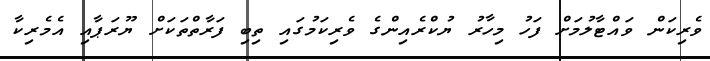
ވެރިކަން ވައްޓާލުމަށް ފަހު މިހާރު ޔުކްރެއިންގެ ވެރިކަމުގައި ތިބި ފަރާތްތަކަށް ޔޫރަޕާއި އެމެރިކާ